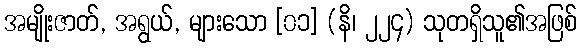
အမျိုးဇာတ်, အရွယ်, များသော [၀၁] (နိ၊ ၂၂၄) သုတရှိသူ၏အဖြစ်